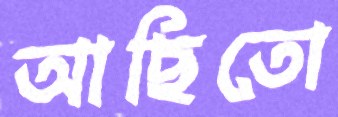
আছিতো